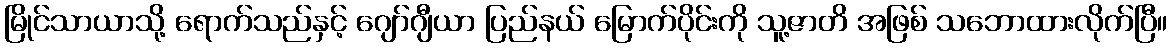
မြိုင်သာယာသို့ ရောက်သည်နှင့် ဂျော်ဂျီယာ ပြည်နယ် မြောက်ပိုင်းကို သူ့ဇာတိ အဖြစ် သဘောထားလိုက်ပြီ။